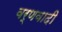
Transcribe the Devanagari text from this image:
वर्णवादी